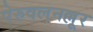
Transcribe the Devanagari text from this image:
पेरुवलनल्लूर